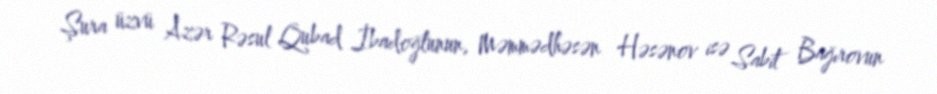
Şura üzvü Azər Rəsul Qubad İbadoğlunun, Məmmədhəsən Həsənov isə Sabit Bağırovun